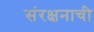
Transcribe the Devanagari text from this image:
संरक्षनाची